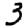
Digit: 3